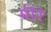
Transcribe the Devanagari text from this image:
गीरे